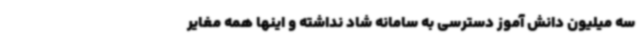
سه میلیون دانش آموز دسترسی به سامانه شاد نداشته و اینها همه مغایر